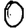
Digit: 0